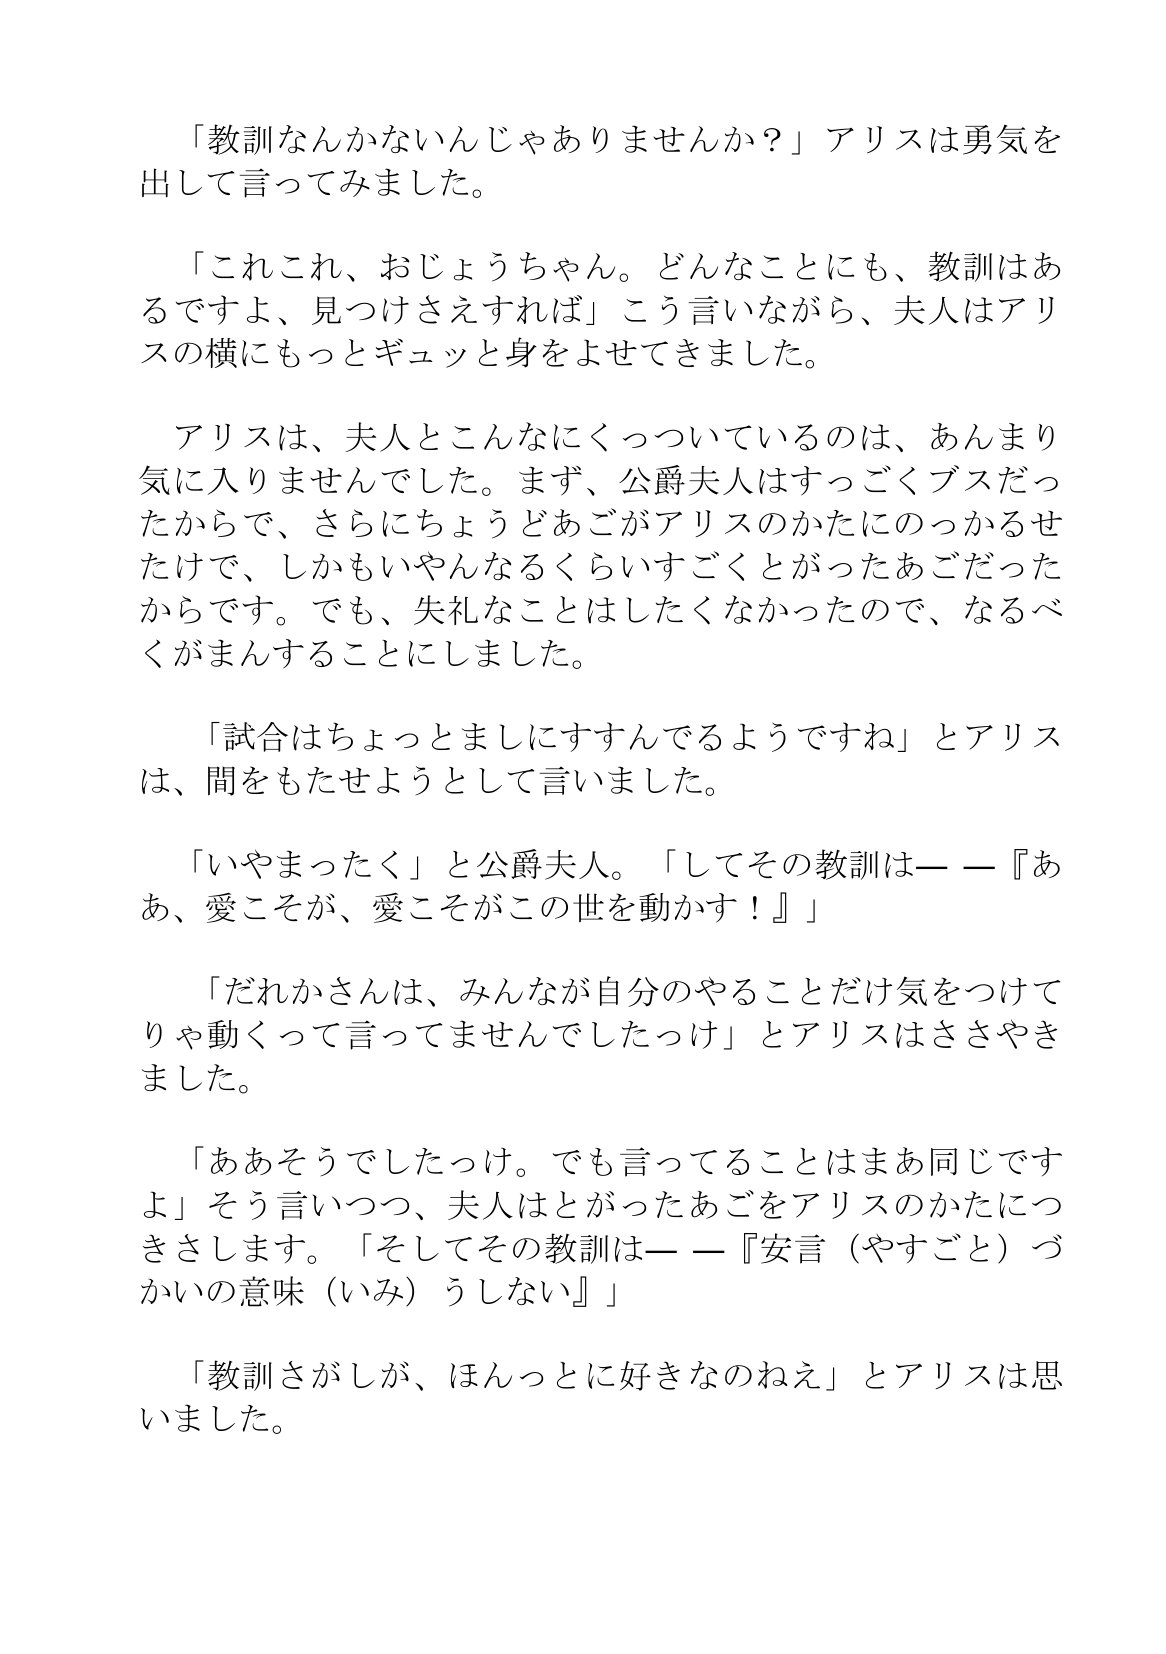
Language: ja